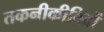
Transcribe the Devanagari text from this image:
तकनीकीविदों